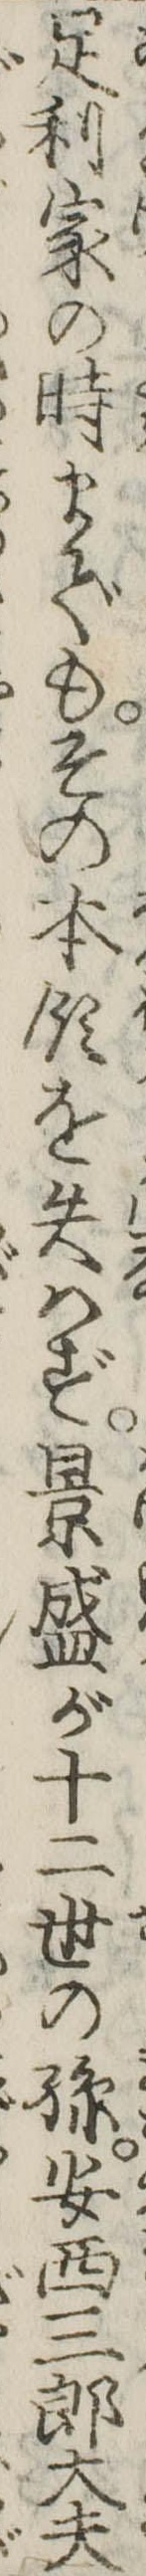
足利家の時までもその本領を失はず景盛が十二世の孫安西三郎大夫